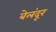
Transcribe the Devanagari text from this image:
बेलंदूर